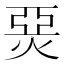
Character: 𤊗